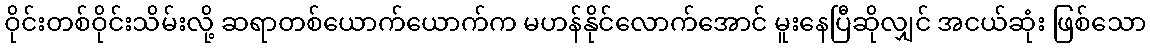
ဝိုင်းတစ်ဝိုင်းသိမ်းလို့ ဆရာတစ်ယောက်ယောက်က မဟန်နိုင်လောက်အောင် မူးနေပြီဆိုလျှင် အငယ်ဆုံး ဖြစ်သော